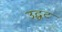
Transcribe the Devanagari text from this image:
उद्घट